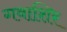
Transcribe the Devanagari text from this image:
गवाशिर